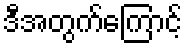
ဒီအတွက်ကြောင့်